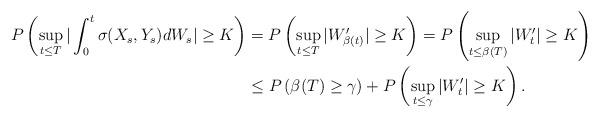
LaTeX: \begin{align*}P\left(\sup_{t\leq T}|\int_0^t\sigma(X_s,Y_s)dW_s|\geq K\right)&=P\left(\sup_{t\leq T}|W'_{\beta(t)}|\geq K\right)=P\left(\sup_{t\leq \beta(T)}|W'_{t}|\geq K\right)\\&\leq P\left(\beta(T)\geq \gamma\right)+P\left(\sup_{t\leq \gamma}|W'_{t}|\geq K\right).\end{align*}